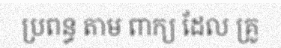
ប្រពន្ធ តាម ពាក្យ ដែល គ្រូ